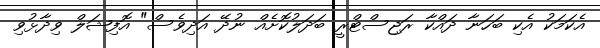
އެކަމަކު އެކި ބަހަނާ ދައްކާ ރަޖިސްޓްރީ ބަދަލުކޮށެއް ނުދޭ އަދިވެސް" އޮފިޝަލް ވިދާޅުވި